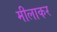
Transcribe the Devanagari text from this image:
मीलाकर